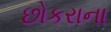
છોકરાના